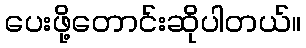
ပေးဖို့တောင်းဆိုပါတယ်။